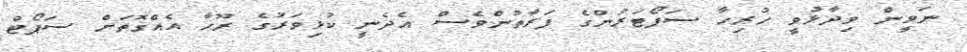
ނަވީން ވިދާޅުވީ ހުރިހާ ސަޕޯޓަރުންގެ ފަރާތުންވެސް އެދެނީ ކުޅިވަރުގެ ރޫހާ އެއްގޮތަށް ސަޕޯޓް